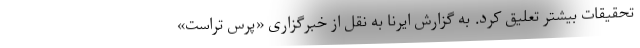
تحقیقات بیشتر تعلیق کرد. به گزارش ایرنا به نقل از خبرگزاری «پرس تراست»